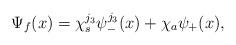
LaTeX: \begin{align*}\Psi_f({x})=\chi^{j_3}_s\psi^{j_3}_-({x})+\chi_a\psi_+({x}), \end{align*}